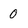
Character: 0